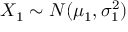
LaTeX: X _ { 1 } \sim N ( \mu _ { 1 } , \sigma _ { 1 } ^ { 2 } )